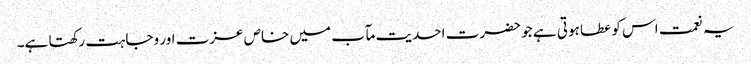
یہ نعمت اس کو عطا ہوتی ہے جو حضرت احدیت مآب میں خاص عزت اور وجاہت رکھتا ہے۔